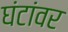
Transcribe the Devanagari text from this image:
घंटांवर